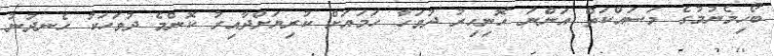
ބޯހިމެނުމުގެ މަސައްކަތް އަންނަ ހޮނިހިރު ދުވަހާ ހަމައަށް ކުރިޔަށްދާއިރު ކޮންމެ ދުވަހަކު ހެނދުނު